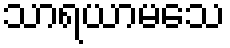
သာရယာမသေ